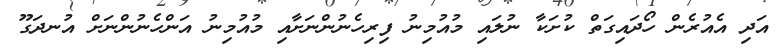
އަދި އެއުރެން ހޯދައިގަތް ކުށަކާ ނުލައި މުއުމިނު ފިރިހެނުންނަށާއި މުއުމިނު އަންހެނުންނަށް އުނދަގޫ